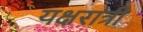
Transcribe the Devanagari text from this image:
यक्षरात्री